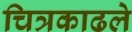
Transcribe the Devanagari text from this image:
चित्रकाढले